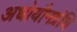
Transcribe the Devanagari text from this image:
अधोयौनग्रंथि